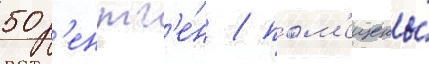
50 р'ентг'е́н / пом'ещены́